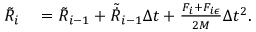
\begin{array} { r l } { \tilde { R } _ { i } } & { { } = \tilde { R } _ { i - 1 } + \tilde { \dot { R } } _ { i - 1 } \Delta t + \frac { F _ { i } + F _ { i \epsilon } } { 2 M } \Delta t ^ { 2 } . } \end{array}